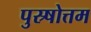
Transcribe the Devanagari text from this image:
पुस्र्षोत्तम